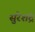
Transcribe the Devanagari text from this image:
सुरेशंद्र